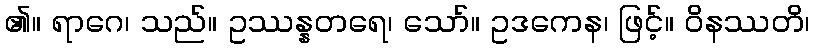
၏။ ရာဂေ၊ သည်။ ဥဿန္နတရေ၊ သော်။ ဥဒကေန၊ ဖြင့်။ ဝိနဿတိ၊